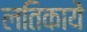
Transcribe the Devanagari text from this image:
लतिकायें